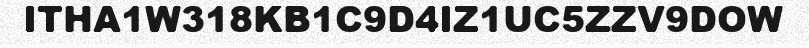
ITHA1W318KB1C9D4IZ1UC5ZZV9DOW